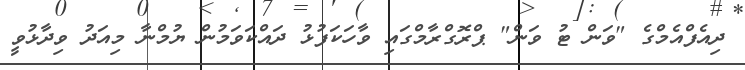
ދިއެފްއެމްގެ "ވަން ޓު ވަން" ޕްރޮގްރާމްގައި ވާހަކަފުޅު ދައްކަވަމުން ޔުމްނާ މިއަދު ވިދާޅުވީ